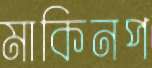
মাকিনপ